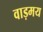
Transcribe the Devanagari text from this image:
वाड़मय